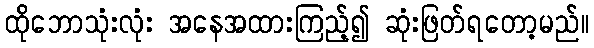
ထိုဘောသုံးလုံး အနေအထားကြည့်၍ ဆုံးဖြတ်ရတော့မည်။